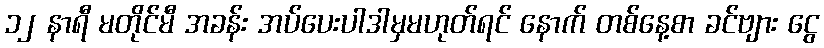
၁၂ နာရီ မတိုင်မီ အခန်း အပ်ပေးပါဒါမှမဟုတ်ရင် နောက် တစ်နေ့စာ ခင်ဗျား ငွေ